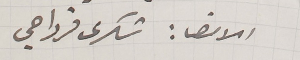
الامضاء شكرى قرداحي